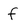
Character: f